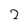
Character: 2